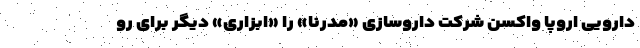
دارویی اروپا واکسن شرکت داروسازی «مدرنا» را «ابزاری» دیگر برای رو